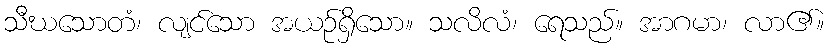
သီဃသောတံ၊ လျင်သော အယဉ်ရှိသော။ သလိလံ၊ ရေသည်။ အာဂမာ၊ လာ၏။